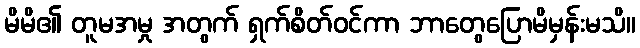
မိမိ၏ တူမအမှု အတွက် ရှက်စိတ်ဝင်ကာ ဘာတွေပြောမိမှန်းမသိ။